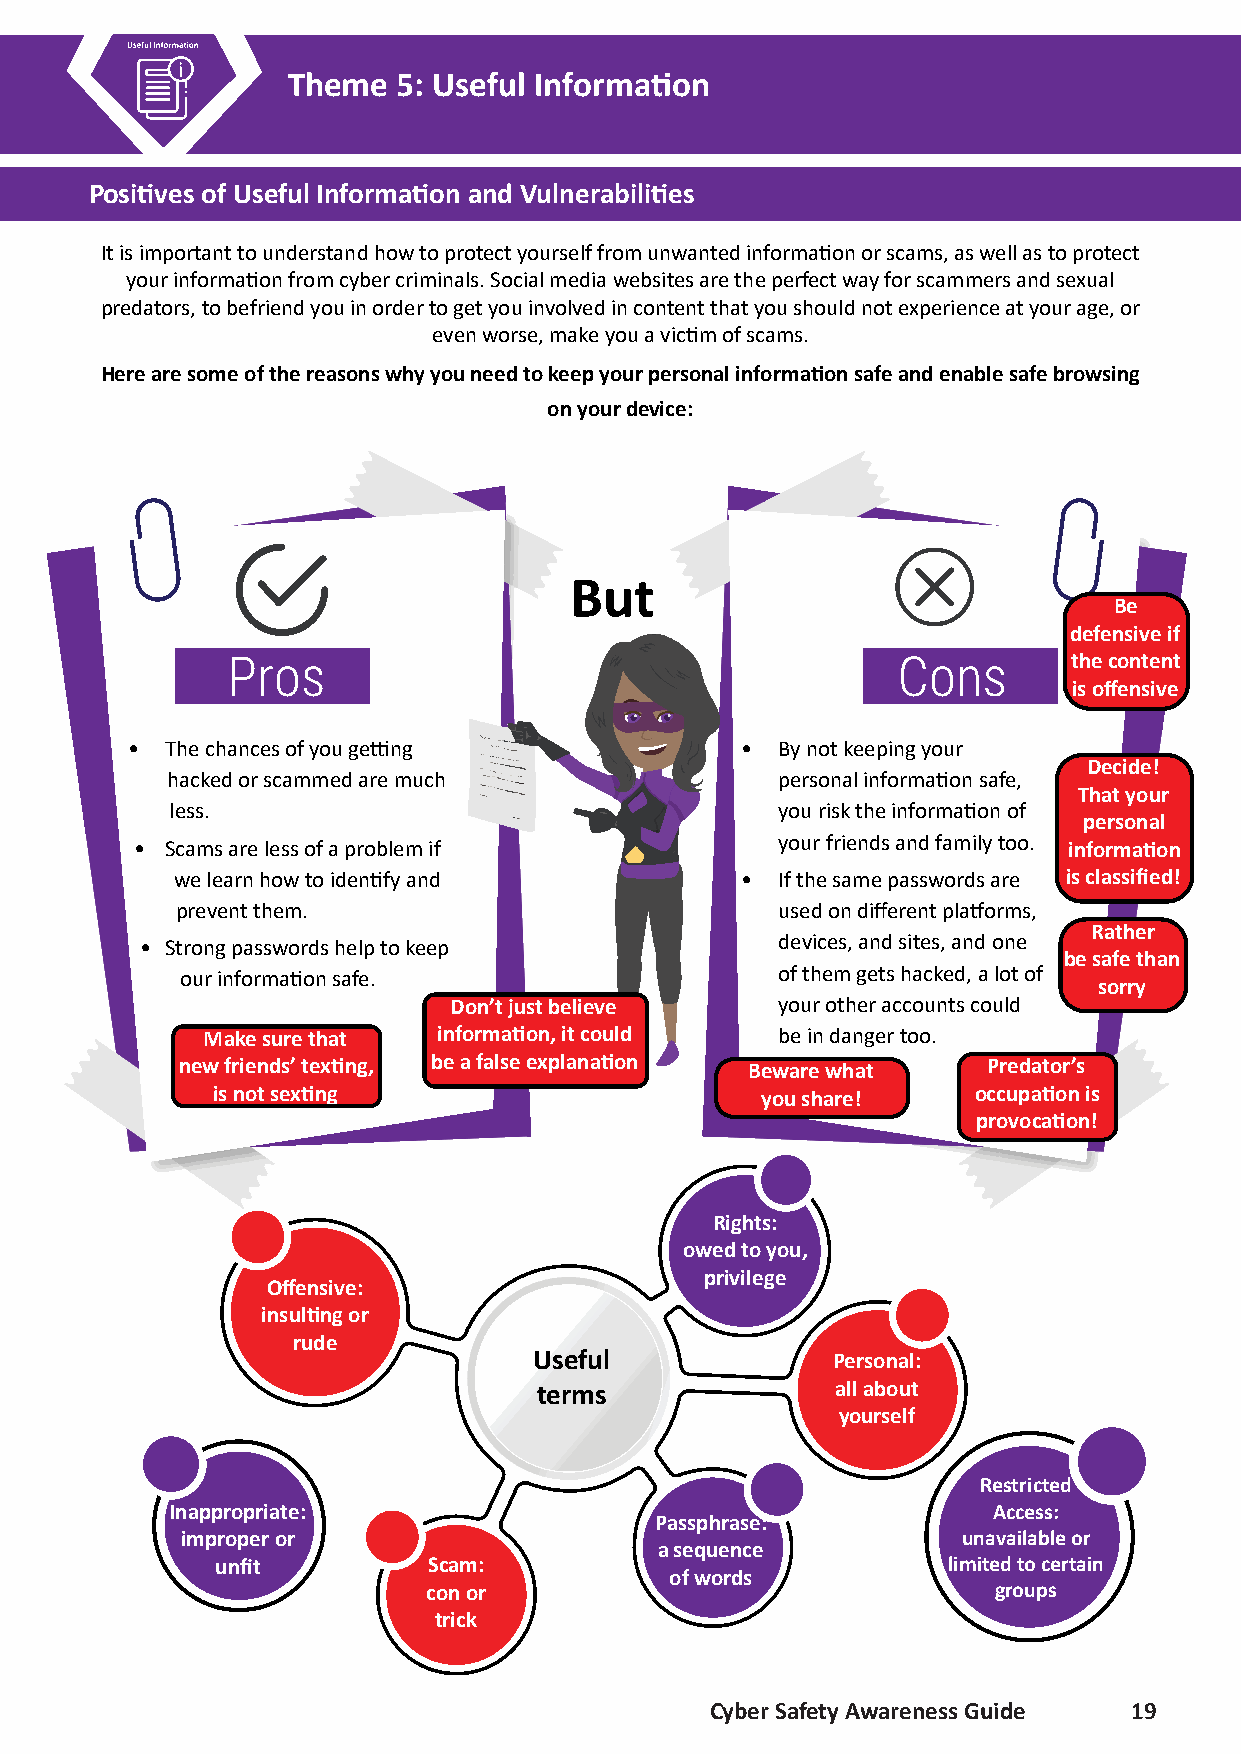
Theme  5: Useful Information
 5.
 Positives of Useful Information and Vulnerabilities
 It is important to understand how to protect yourself from unwanted information or scams, as well as to protect
 your information from cyber criminals. Social media websites are the perfect way for scammers and sexual
 predators, to befriend you in order to get you involved in content that you should not experience at your age, or
 even worse, make you a victim of scams.
 Here are some of the reasons why you need to keep your personal information safe and enable safe browsing
 on your device:
 But
 Be
 defensive if
 Pros                                        Cons        the content
 is offensive
 •  The chances of you getting            • By not keeping your
 Decide!
 hacked or scammed are much              personal information safe,
 That your
 less.                                   you risk the information of
 personal
 • Scams are less of a problem if          your friends and family too. information
 we learn how to identify and          • If the same passwords are is classified!
 prevent them.                          used on different platforms,
 Rather
 • Strong passwords help to keep           devices, and sites, and one
 be safe than
 our information safe.                  of them gets hacked, a lot of
 sorry
 Don’t just believe   your other accounts could
 Make sure that  information, it could be in danger too.
 new friends’ texting, be a false explanation Beware what Predator’s
 is not sexting                      you share!    occupation is
 provocation!
 Rights:
 owed to you,
 privilege
 Offensive:
 insulting or
 rude
 Useful              Personal:
 terms              all about
 yourself
 Restricted
 Inappropriate:                                         Access:
 Passphrase:
 improper or                                         unavailable or
 a sequence
 unfit         Scam:                              limited to certain
 of words
 con or                                groups
 trick
 Cyber Safety Awareness Guide 19